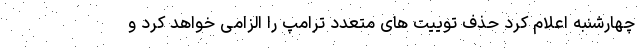
چهارشنبه اعلام کرد حذف توییت های متعدد ترامپ را الزامی خواهد کرد و